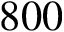
8 0 0